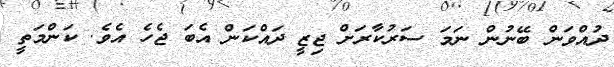
ދުއްވަން ބޭނުން ނަމަ ސަރުކާރަށް ޖިޒީ ދައްކަން އެބަ ޖެހެ އެވެ. ކަންމަތީ